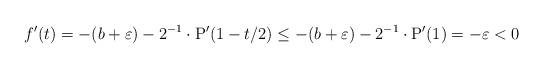
LaTeX: \begin{align*}f^\prime(t) = -(b+\varepsilon) -2^{-1}\cdot \mathrm{P}^\prime(1-t/2) \leq -(b+\varepsilon) -2^{-1}\cdot \mathrm{P}^\prime(1) = -\varepsilon <0\end{align*}